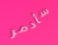
سأدمر